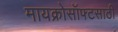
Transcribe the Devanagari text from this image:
मायक्रोसॉफ्टसाठी